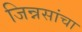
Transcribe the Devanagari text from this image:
जिन्नसांचा